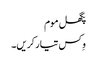
پگھل موم
وِکس تیار کریں۔